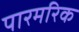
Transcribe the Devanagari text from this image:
पारमरिक